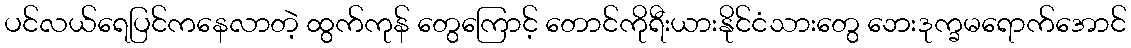
ပင်လယ်ရေပြင်ကနေလာတဲ့ ထွက်ကုန် တွေကြောင့် တောင်ကိုရီးယားနိုင်ငံသားတွေ ဘေးဒုက္ခမရောက်အောင်